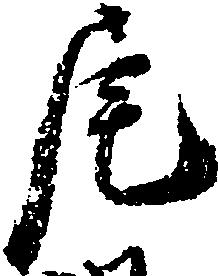
尾